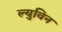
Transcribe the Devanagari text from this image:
ल्युविन